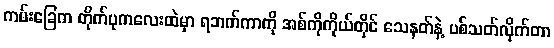
ကမ်းခြေက တိုက်ပုကလေးထဲမှာ ရဘက်ကာကို အစ်ကိုကိုယ်တိုင် သေနတ်နဲ့ ပစ်သတ်လိုက်တာ